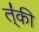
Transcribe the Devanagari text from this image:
त्॑की